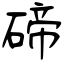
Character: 碲